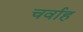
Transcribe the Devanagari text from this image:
चर्वाह